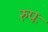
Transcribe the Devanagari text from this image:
रुपः